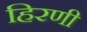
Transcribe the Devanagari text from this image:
हिरणी